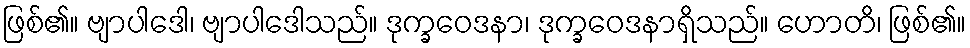
ဖြစ်၏။ ဗျာပါဒေါ၊ ဗျာပါဒေါသည်။ ဒုက္ခဝေဒနာ၊ ဒုက္ခဝေဒနာရှိသည်။ ဟောတိ၊ ဖြစ်၏။